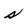
Character: s